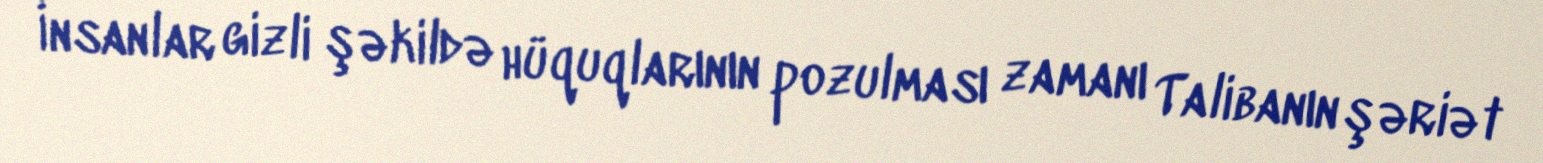
İnsanlar gizli şəkildə hüquqlarının pozulması zamanı Talibanın şəriət